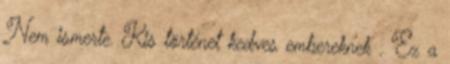
Nem ismerte. Kis történet kedves embereknek . Ez a